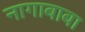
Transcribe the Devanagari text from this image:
नागाबाबा